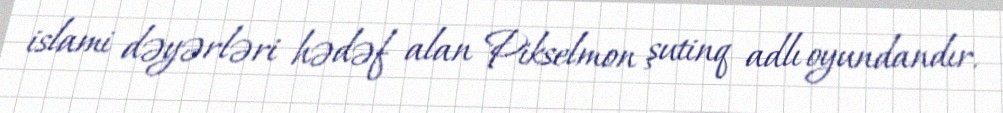
islami dəyərləri hədəf alan Pikselmon şutinq adlı oyundandır.